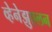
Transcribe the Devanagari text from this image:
व्हेनेझुएलन